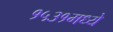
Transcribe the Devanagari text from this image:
१५३१मध्ये